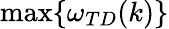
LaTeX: \operatorname*{max}\{ \omega_{TD}(k)\}